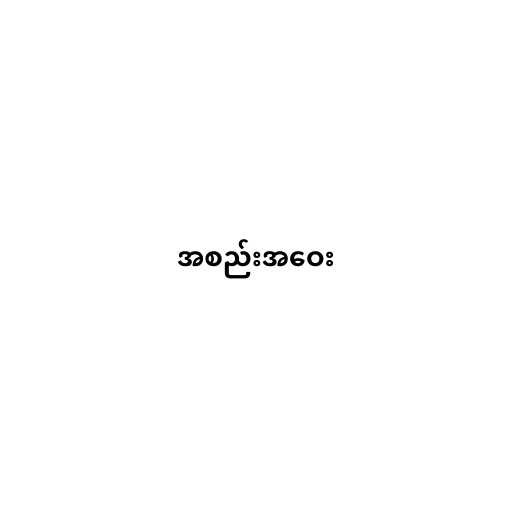
အစည်းအဝေး